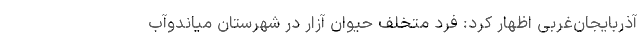
آذربایجان‌غربی اظهار کرد: فرد متخلف حیوان آزار در شهرستان میاندوآب